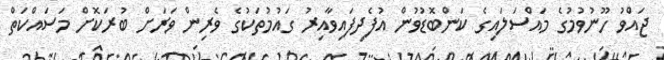
ޖައްވު ހޫނުވުމުގެ މައްސަލައިގެ ކަންބޮޑުވުން އުފެދިފައިވާއިރު ގައުމުތަކުގެ ވެރިން ވަރަށް ބުރަކޮށް މަސައްކަތް